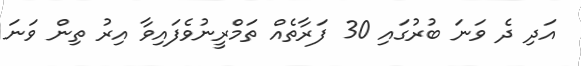
އަދި ދެ ވަނަ ބުރުގައި 30 ފަރާތެއް ތަމްރީނުވެފައިވާ އިރު ތިން ވަނަ